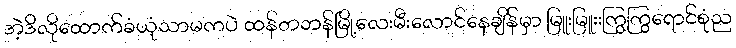
အဲ့ဒိလိုထောက်ခံယုံသာမကပဲ ထန်တဘန်မြို့လေးမီးလောင်နေချိန်မှာ မြူးမြူးးကြွကြွရောင်စုံည